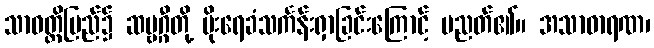
သာဝတ္ထိပြည်၌ ဆဗ္ဗဂ္ဂီတို့ မိုးရေခံသင်္ကန်းရှာခြင်းကြောင့် ပညတ်၏။ အသာဓာရဏ၊